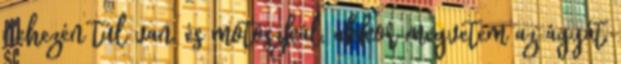
nehezén túl van, és motoszkál, akkor megvetem az ágyát,